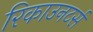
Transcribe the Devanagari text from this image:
रिकाउनटर्स